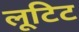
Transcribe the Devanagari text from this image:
लूटिट